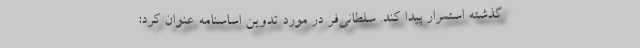
گذشته استمرار پیدا کند. سلطانی‌فر در مورد تدوین اساسنامه عنوان کرد:‌